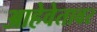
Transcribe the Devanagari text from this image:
आहेवेतावर